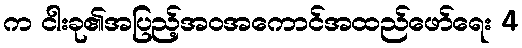
က ငါးခု၏အပြည့်အဝအကောင်အထည်ဖော်ရေး 4